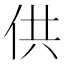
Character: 供